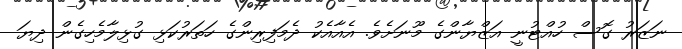
ނަޒަރު ގޮސް ހުއްޓުނީ އަޒްޔާންގެ މޫނަށެވެ. އެއާއެކު ދެމަފިރިންގެ ހަތަރުކަޅި ގުޅިލާމެހިގެން ދިޔަ